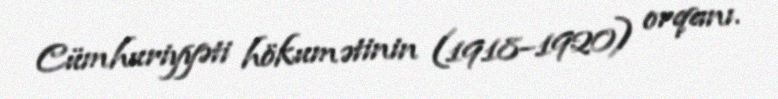
Cümhuriyyəti hökumətinin (1918–1920) orqanı.